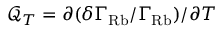
\mathcal { Q } _ { T } = \partial ( \delta \Gamma _ { \mathrm { R b } } / \Gamma _ { \mathrm { R b } } ) / { \partial T }